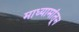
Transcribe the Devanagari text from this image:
माध्यामांतून